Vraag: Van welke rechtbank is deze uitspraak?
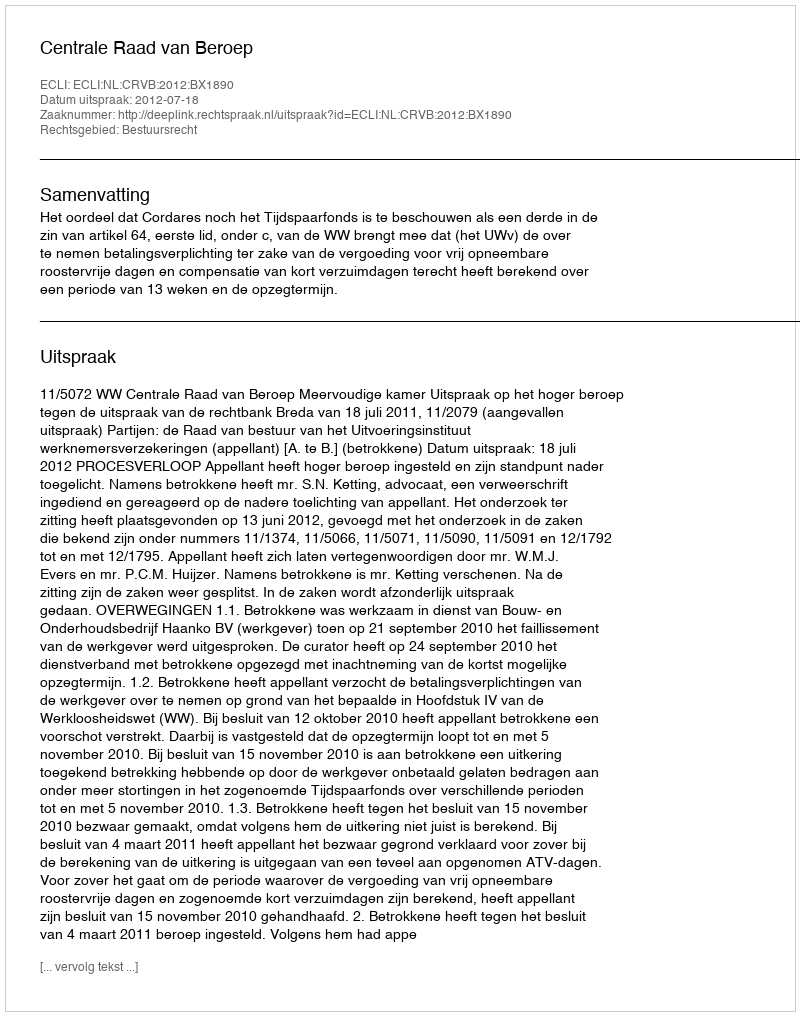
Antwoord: Centrale Raad van Beroep